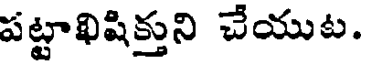
పట్టాఖిషిక్తుని చేయుట.